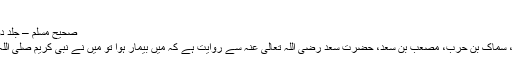
باقی حدیث زہری کی……
صحیح مسلم – جلد دوم – وصیت کا بیان – حدیث 1719
زہیر بن حرب، حسن بن موسی، زہیر، سماک بن حرب، مصعب بن سعد، حضرت سعد رضی اللہ تعالیٰ عنہ سے روایت ہے کہ میں بیمار ہوا تو میں نے نبی کریم صلی اللہ علیہ وآلہ وسلم کے پاس پیغام بھیجا ۔